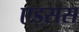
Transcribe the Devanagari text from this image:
एड्सस